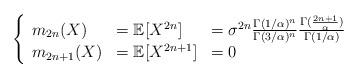
LaTeX: \begin{align*}\left\{\begin{array}{lll}m_{2n}(X)&=\mathbb{E}[X^{2n}]&=\sigma^{2n}\frac{\Gamma(1/\alpha)^n}{\Gamma(3/\alpha)^n}\frac{\Gamma(\frac{2n+1}{\alpha})}{\Gamma(1/\alpha)}\\m_{2n+1}(X)&=\mathbb{E}[X^{2n+1}]&=0\end{array}\right.\end{align*}